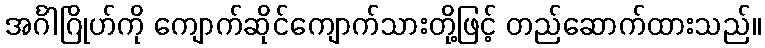
အင်္ဂါဂြိုဟ်ကို ကျောက်ဆိုင်ကျောက်သားတို့ဖြင့် တည်ဆောက်ထားသည်။